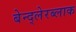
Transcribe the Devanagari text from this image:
बेन्द्लेरब्लाक